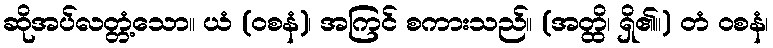
ဆိုအပ်လတ္တံ့သော။ ယံ (ဝစနံ)၊ အကြင် စကားသည်။ (အတ္ထိ၊ ရှိ၏။) တံ ဝစနံ၊